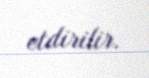
etdirilir.